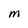
Character: M